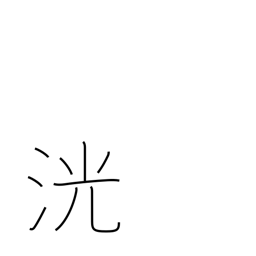
Meaning: sparkling water